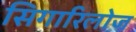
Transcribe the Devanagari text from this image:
सिगारिलोज